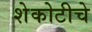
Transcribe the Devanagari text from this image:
शेकोटीचे